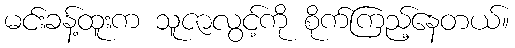
မင်းခန့်ထူးက သူဇာလွင့်ကို စိုက်ကြည့်နေတယ်။